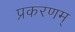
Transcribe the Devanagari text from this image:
प्रकरणम्‌